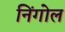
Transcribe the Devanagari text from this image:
निंगोल